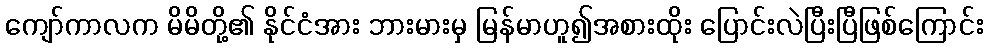
ကျော်ကာလက မိမိတို့၏ နိုင်ငံအား ဘားမားမှ မြန်မာဟူ၍အစားထိုး ပြောင်းလဲပြီးပြီဖြစ်ကြောင်း